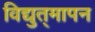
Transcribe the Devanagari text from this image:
विद्युत्‌मापन